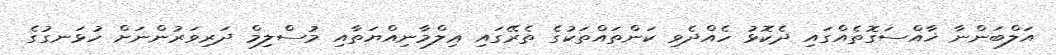
އަލްބަންނާ ޚާއްސަގޮތެއްގައި ދެކޮޅު ހެއްދެވި ކަންތައްތަކުގެ ތެރޭގައި ޢިލްމާނިއްޔަތާއި މުސްލިމް ދަރިވަރުންނަށް ހުޅަނގުގެ